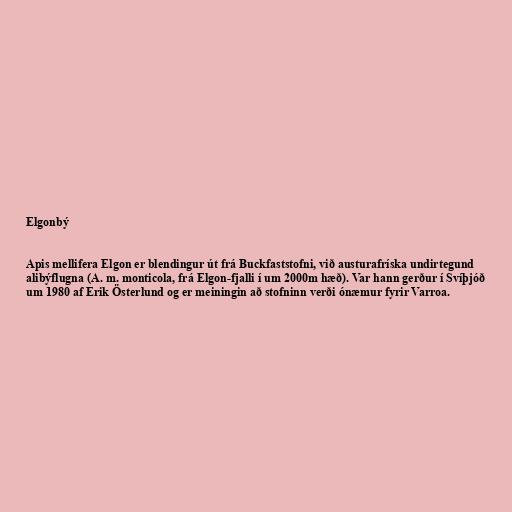
Elgonbý

Apis mellifera Elgon er blendingur út frá Buckfaststofni, við austurafríska undirtegund
alibýflugna (A. m. monticola, frá Elgon-fjalli í um 2000m hæð). Var hann gerður í Svíþjóð
um 1980 af Erik Österlund og er meiningin að stofninn verði ónæmur fyrir Varroa.